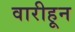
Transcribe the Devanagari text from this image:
वारीहून